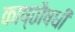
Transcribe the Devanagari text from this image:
काष्ठौषधी